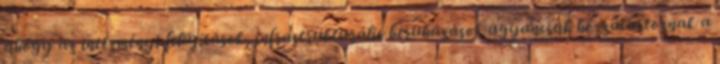
ahogy az intézményi felújítások, infrastrukturális beruházások ugyancsak hozzátartoznak a